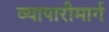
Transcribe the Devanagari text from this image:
व्यापारीमार्ग